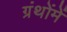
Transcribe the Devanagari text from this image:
ग्रंथोंमें